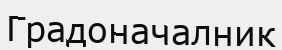
Градоначалник